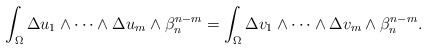
\begin{align*} \int_\Omega \Delta u_1\wedge\dots\wedge \Delta u_m\wedge\beta_n^{n-m}= \int_\Omega \Delta v_1\wedge\dots\wedge \Delta v_m \wedge\beta_n^{n-m}. \end{align*}